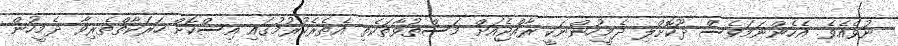
ނުވެއެވެ. އެހެންނަމަވެސް ދޫކޮށްލި ދެމީހުންނަކީ ރާއްޖެއަށް މަސްތުވާތަކެތި އެތެރެކުރުމުގައި އިސްކޮށް ހަރަކާތްތެރިވާ ދެމީހުން